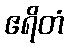
ဧရိတံ